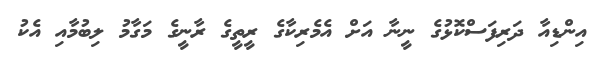
އިންޑިއާ ދަރިފަސްކޮޅުގެ ނީނާ އަށް އެމެރިކާގެ ރީތީގެ ރާނީގެ މަގާމު ލިބުމާއި އެކު